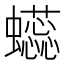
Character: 𰳥